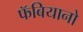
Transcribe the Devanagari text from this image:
फॅबियानो